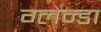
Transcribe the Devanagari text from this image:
ग्लेन्डा